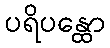
ပရိပန္ထော